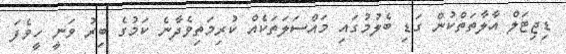
ޑިޖިޓަލް އާލާތަތްކުން ގަޑި ބެލުމުގައި މައްސަލަތަކެއް ކުރިމަތިވެދާނެ ކަމުގެ ބިރު ވަނީ ހީވެފަ